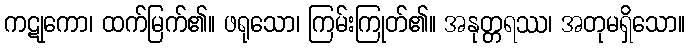
ကဋုကော၊ ထက်မြက်၏။ ဖရုသော၊ ကြမ်းကြုတ်၏။ အနုတ္တရဿ၊ အတုမရှိသော။